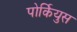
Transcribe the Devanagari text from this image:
पोर्कियुस